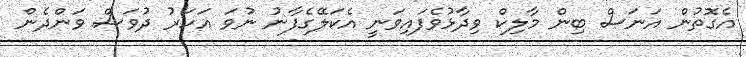
އެގޮތުން އަނަސް ބިން މާލިކް ވިދާޅުވެފައިވަނީ އެކަލޭގެފާނު ނުވަ އަހަރު ދުވަސް ވަންދެން